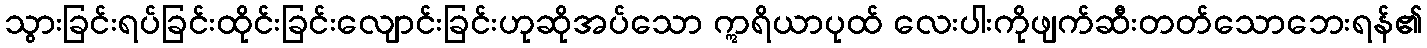
သွားခြင်းရပ်ခြင်းထိုင်းခြင်းလျောင်းခြင်းဟုဆိုအပ်သော ဣရိယာပုထ် လေးပါးကိုဖျက်ဆီးတတ်သောဘေးရန်၏